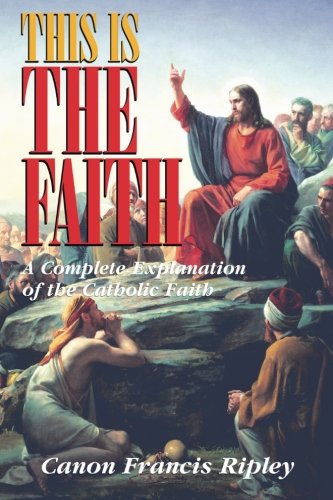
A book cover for This Is the Faith: A Complete Explanation of the Catholic Faith; Canon Francis Ripley; Christian Books & Bibles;